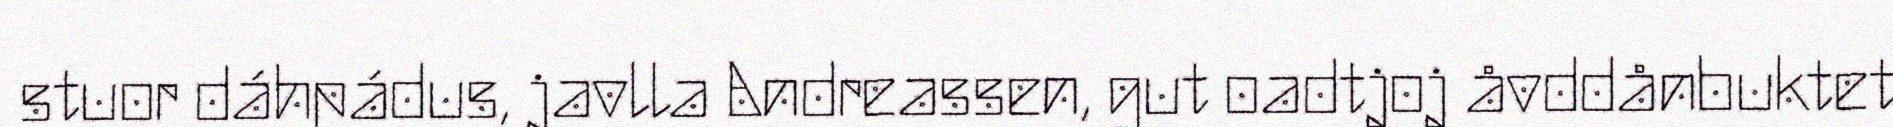
stuor dáhpádus, javlla Andreassen, gut oadtjoj åvddånbuktet